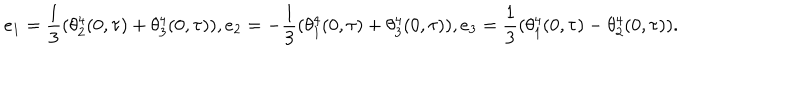
e _ { 1 } = \frac { 1 } { 3 } ( \theta _ { 2 } ^ { 4 } ( 0 , \tau ) + \theta _ { 3 } ^ { 4 } ( 0 , \tau ) ) , e _ { 2 } = - \frac { 1 } { 3 } ( \theta _ { 1 } ^ { 4 } ( 0 , \tau ) + \theta _ { 3 } ^ { 4 } ( 0 , \tau ) ) , e _ { 3 } = \frac { 1 } { 3 } ( \theta _ { 1 } ^ { 4 } ( 0 , \tau ) - \theta _ { 2 } ^ { 4 } ( 0 , \tau ) ) .